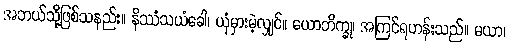
အဘယ်သို့ဖြစ်သနည်း။ နိဿံသယံခေါ၊ ယုံမှားမဲ့လျှင်။ ယောဘိက္ခု၊ အကြင်ရဟန်းသည်။ မယာ၊